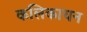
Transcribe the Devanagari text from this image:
कलिकायन